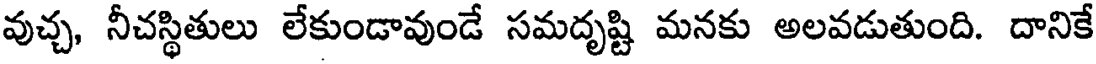
వుచ్చ, నీచస్థితులు లేకుండావుండే సమదృష్టి మనకు అలవడుతుంది. దానికే